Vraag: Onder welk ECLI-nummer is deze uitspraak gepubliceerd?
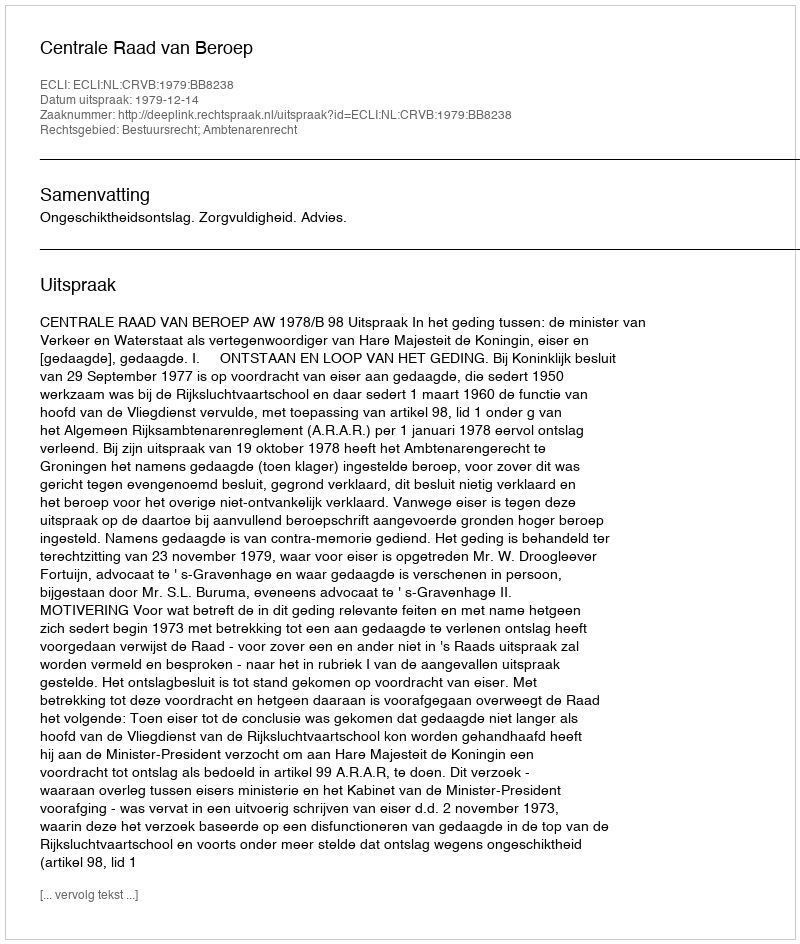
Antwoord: ECLI:NL:CRVB:1979:BB8238